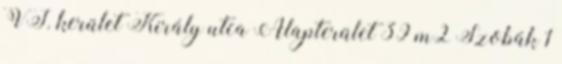
VI. kerület Király utca Alapterület 39 m2 Szobák 1